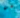
عن